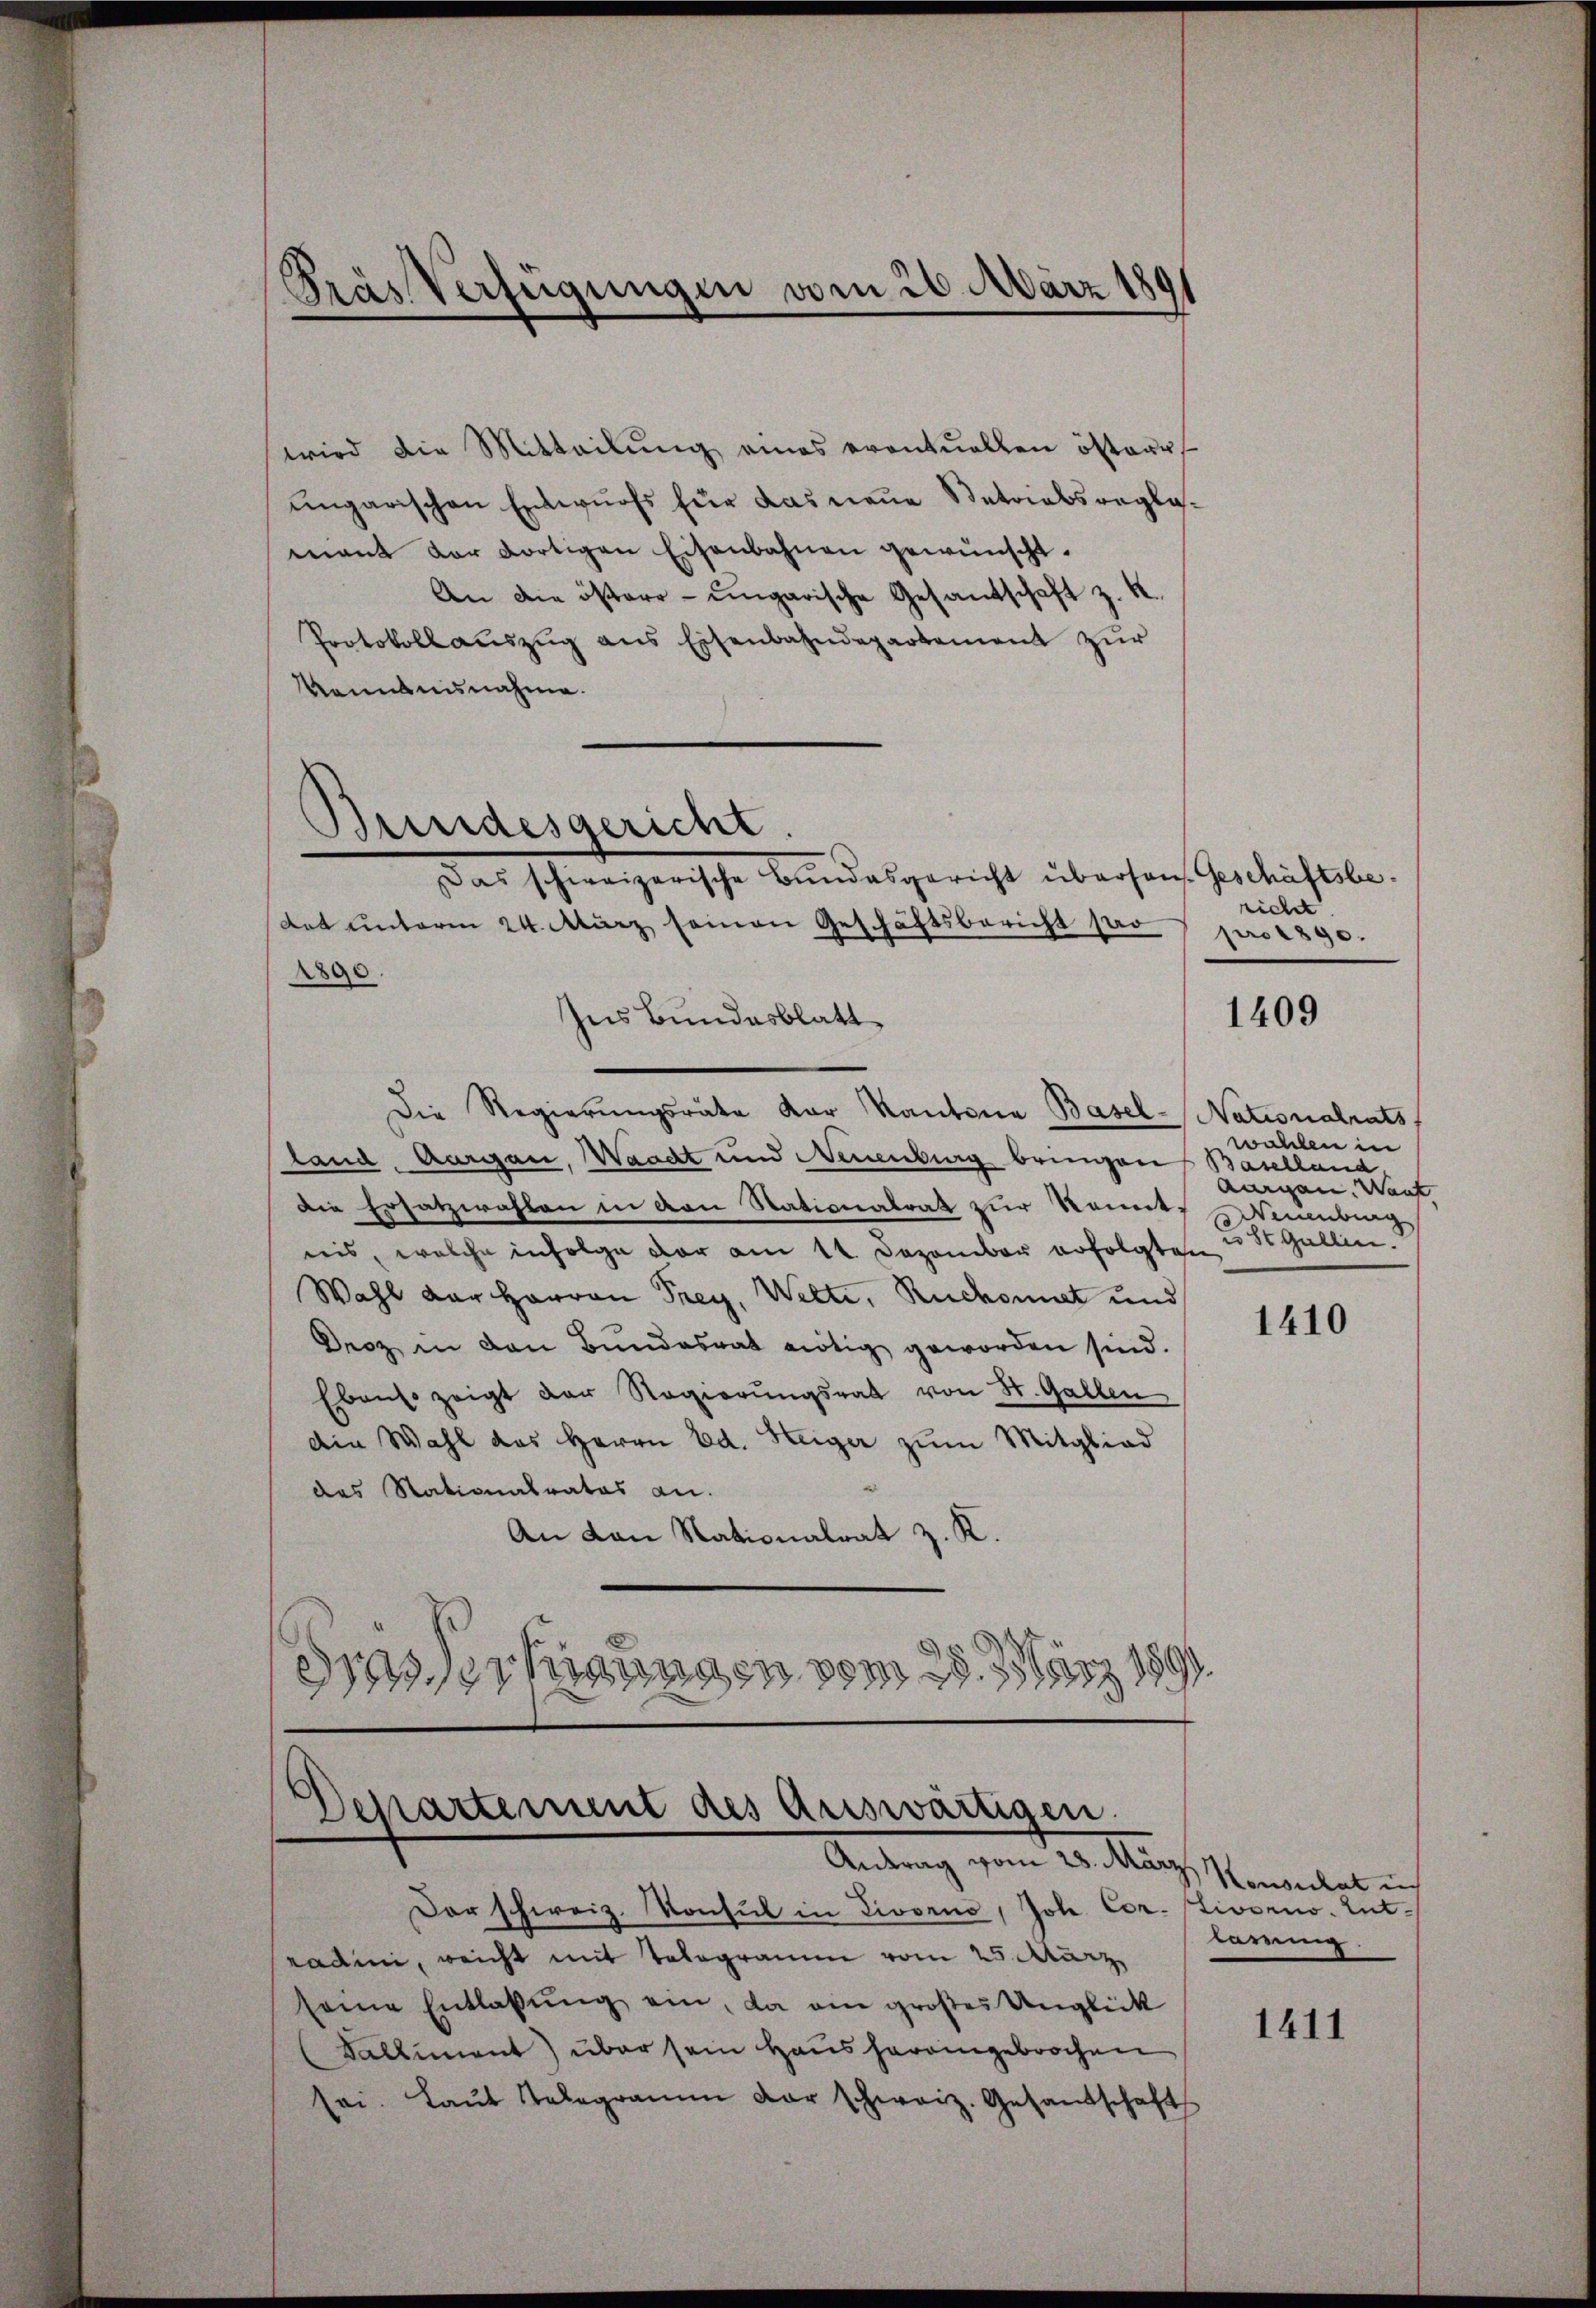
Pras Verfügungen vom 26. März 1891

wird die Mitteilŭng eines eventuellen österr
ungarischen Entwurfs für das neue Betriebsreglemiant der dortigen Eisenbahnen gewünscht.
An die östere - ungarische Gesandschaft z. K.
Protokollauszug aus Eisenbahndepartement zur
Kenntnisnahme.
det unterm 24. März seinen Geschäftsbericht so
2890.
Ins Bundesblatt
Die Regierŭngsräte Kar Kantona Basel-Nationalrats
land. Aargau, Waadt und Neuenburg bringen Baselland
die Ersatzwahlen in den Stationalrat zur konnt zuumbung
ris, welche infolge vor am 14. Dezember erfolgten
Wahl der Harron Frey, Welti, Ruchorat und
Droz in den Bundesrat nötig geworden sind.
Ebenso zeigt der Regierungsrat von St. Gallen
die Wahl das Herrn Ed. Steiger zŭm Mitglied
das Stationalrates an.
An von Nationalrat z. K.
2
Kisungen vom 28. 33ärz 1891

Bundesgericht.
Das schweizerische Bundesgericht überson. Geschäftsbe¬

Departement des Auswärtigen.
Antrag vom 28. März.

Der schweiz. Konsul in Livorno, Joh. Cor. Livorno. Entradini, weicht mit Telegramm vom 25. März
seine Entlassŭng ein, da ein großes Unglück
Kalliment) über sein Haus hereingebrochen
sei. Laŭt Telegramm der schweiz. Gesandschaft

richt
pro 1890.

1409

wallen in
anigen. Went
2o St. Gallen.

1410

Konsulat i
lärung

1411